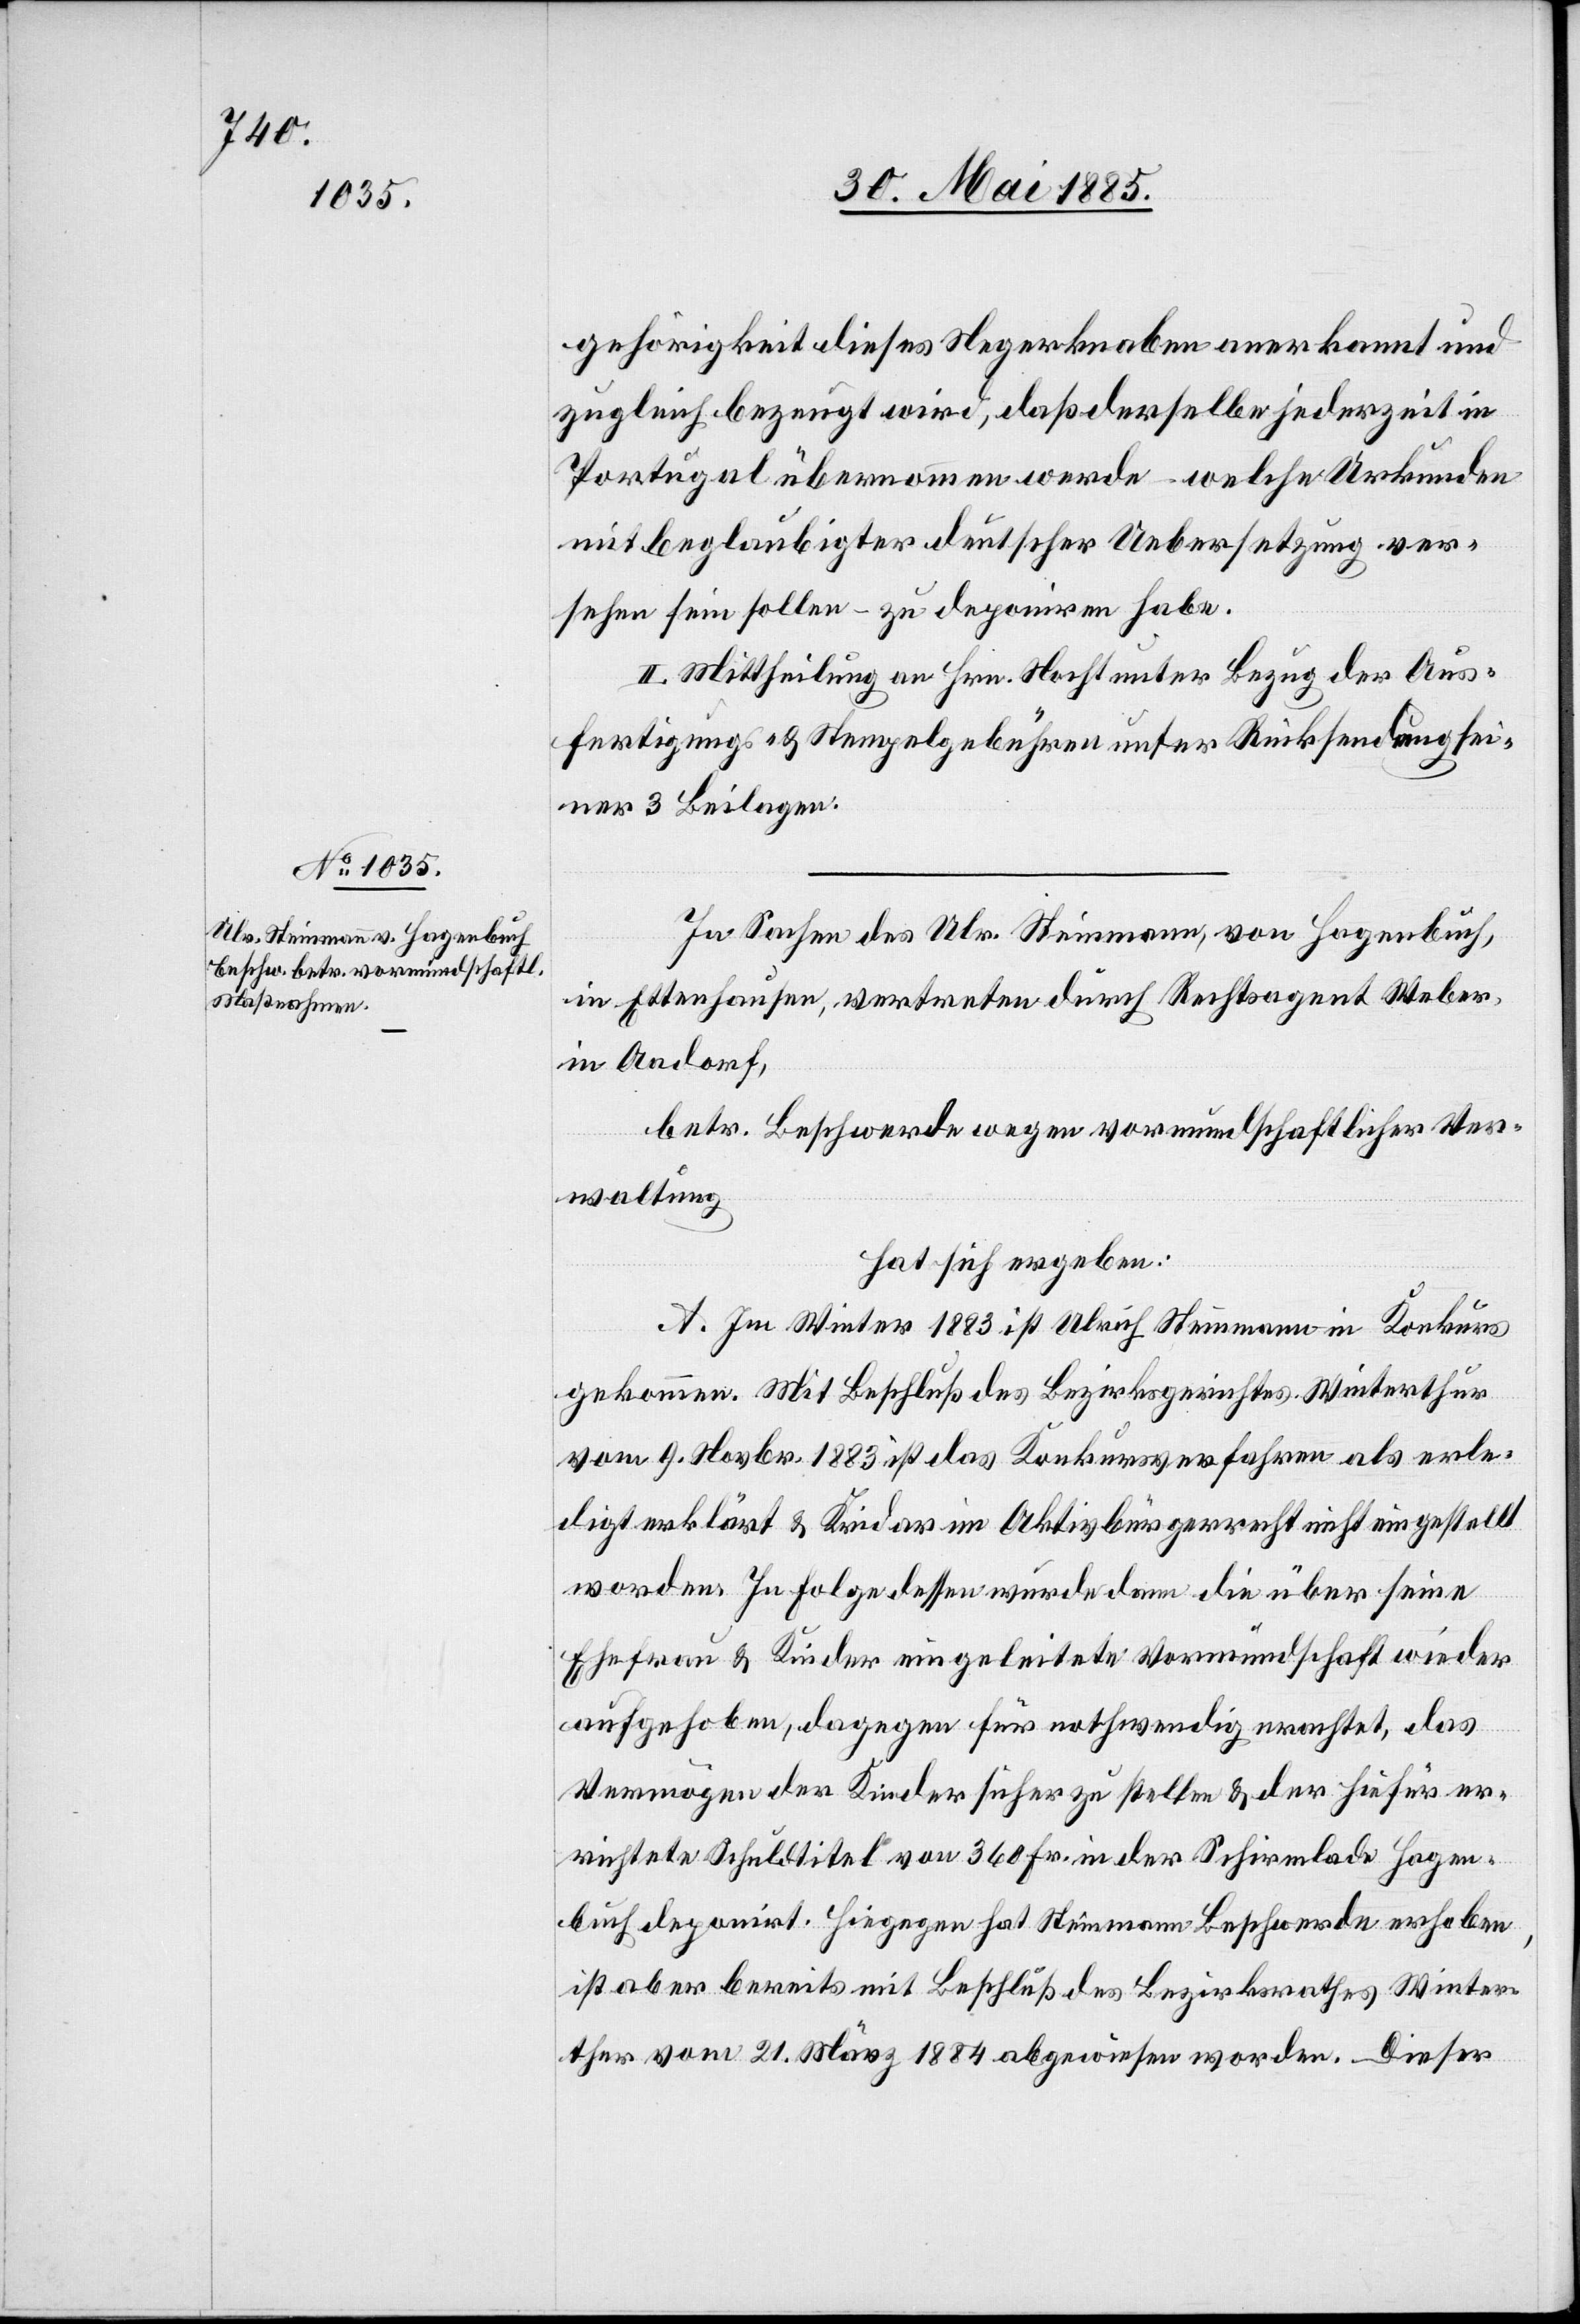
gehörigkeit dieses Negerknaben anerkannt und
zugleich bezeugt wird, daß derselbe jederzeit in
Portugal übernommen werde – welche Urkunden
mit beglaubigter deutscher Uebersetzung ver¬
sehen sein sollen – zu deponiren habe.
II. Mittheilung an Hrn. Nacht unter Bezug der Aus¬
fertigungs- & Stempelgebühren unter Rücksendung sei¬
ner 3 Beilagen.
In Sachen des Ulr. Steinmann, von Hagenbuch,
in Ettenhausen, vertreten durch Rechtsagent Weber,
in Aadorf,
betr. Beschwerde wegen vormundschaftlicher Ver¬
waltung
hat sich ergeben:
A. Im Winter 1883 ist Ulrich Steinmann in Konkurs
gekommen. Mit Beschluß des Bezirksgerichtes Winterthur
vom 9. Novbr. 1883 ist das Konkursverfahren als erle¬
digt erklärt & Kridar im Aktivbürgerrecht nicht eingestellt
worden. In Folge dessen wurde dann die über seine
Ehefrau & Kinder eingeleitete Vormundschaft wieder
aufgehoben, dagegen für nothwendig erachtet, das
Vermögen der Kinder sicher zu stellen & der hiefür er¬
richtete Schuldtitel von 360 Fr. in der Schirmlade Hagen¬
buch deponirt. Hiegegen hat Steinmann Beschwerde erhoben,
ist aber bereits mit Beschluß des Bezirksrathes Winter¬
thur vom 21. März 1884 abgewiesen worden. Dieser